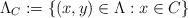
LaTeX: \begin{align*} \Lambda_C:=\{(x,y) \in \Lambda : x \in C\}\end{align*}